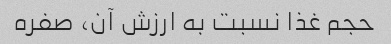
حجم غذا نسبت به ارزش آن، صفره